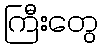
ကြီးတွေ